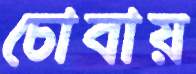
চোবায়